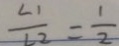
\frac { \angle 1 } { \angle 2 } = \frac { 1 } { 2 }